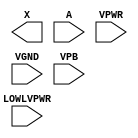
/**
 * Copyright 2020 The SkyWater PDK Authors
 *
 * Licensed under the Apache License, Version 2.0 (the "License");
 * you may not use this file except in compliance with the License.
 * You may obtain a copy of the License at
 *
 *     https://www.apache.org/licenses/LICENSE-2.0
 *
 * Unless required by applicable law or agreed to in writing, software
 * distributed under the License is distributed on an "AS IS" BASIS,
 * WITHOUT WARRANTIES OR CONDITIONS OF ANY KIND, either express or implied.
 * See the License for the specific language governing permissions and
 * limitations under the License.
 *
 * SPDX-License-Identifier: Apache-2.0
 */

`ifndef SKY130_FD_SC_HD__LPFLOW_LSBUF_LH_ISOWELL_TAP_PP_BLACKBOX_V
`define SKY130_FD_SC_HD__LPFLOW_LSBUF_LH_ISOWELL_TAP_PP_BLACKBOX_V

/**
 * lpflow_lsbuf_lh_isowell_tap: Level-shift buffer, low-to-high,
 *                              isolated well on input buffer, vpb/vnb
 *                              taps, double-row-height cell.
 *
 * Verilog stub definition (black box with power pins).
 *
 * WARNING: This file is autogenerated, do not modify directly!
 */

`timescale 1ns / 1ps
`default_nettype none

(* blackbox *)
module sky130_fd_sc_hd__lpflow_lsbuf_lh_isowell_tap (
    X       ,
    A       ,
    LOWLVPWR,
    VPWR    ,
    VGND    ,
    VPB
);

    output X       ;
    input  A       ;
    input  LOWLVPWR;
    input  VPWR    ;
    input  VGND    ;
    input  VPB     ;
endmodule

`default_nettype wire
`endif  // SKY130_FD_SC_HD__LPFLOW_LSBUF_LH_ISOWELL_TAP_PP_BLACKBOX_V